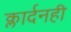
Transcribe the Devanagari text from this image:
क्लार्दनही